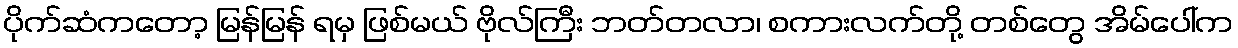
ပိုက်ဆံကတော့ မြန်မြန် ရမှ ဖြစ်မယ် ဗိုလ်ကြီး ဘတ်တလာ၊ စကားလက်တို့ တစ်တွေ အိမ်ပေါ်က